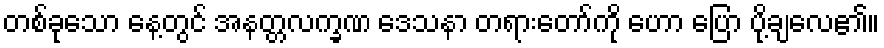
တစ်ခုသော နေ့တွင် အနတ္တလက္ခဏ ဒေသနာ တရားတော်ကို ဟော ပြော ပို့ချလေ၏။